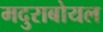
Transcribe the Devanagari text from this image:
मदुराबोयल